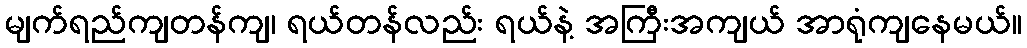
မျက်ရည်ကျတန်ကျ၊ ရယ်တန်လည်း ရယ်နဲ့ အကြီးအကျယ် အာရုံကျနေမယ်။